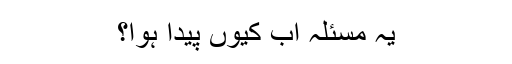
یہ مسئلہ اب کیوں پیدا ہوا؟